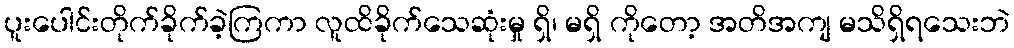
ပူးပေါင်းတိုက်ခိုက်ခဲ့ကြကာ လူထိခိုက်သေဆုံးမှု ရှိ၊ မရှိ ကိုတော့ အတိအကျ မသိရှိရသေးဘဲ